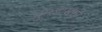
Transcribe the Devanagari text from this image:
दुमडायची